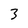
Character: 3